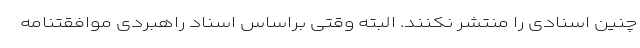
چنین اسنادی را منتشر نکنند. البته وقتی براساس اسناد راهبردی موافقتنامه